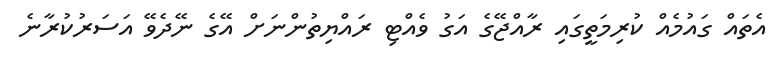
އެތައް ގައުމެއް ކުރިމަތީގައި ރާއްޖޭގެ އަގު ވެއްޓި ރައްޔިތުންނަށް އޭގެ ނޭދެވޭ އަސަރުކުރާނެ